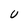
Character: U